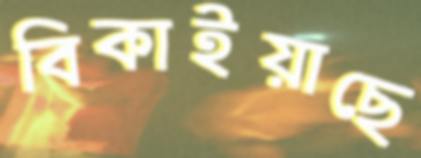
বিকাইয়াছে